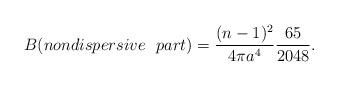
LaTeX: \begin{align*}B( nondispersive~~ part )=\frac{(n-1)^2}{4 \pi a^4}\frac{65}{2048}.\end{align*}